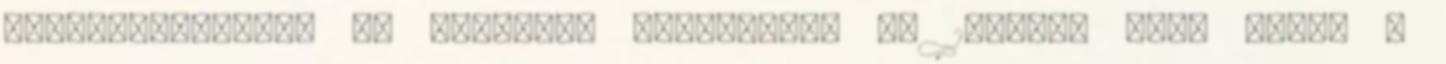
alkalmazásának. Az Egyesült Államokban az 1980-as évek végén a